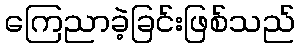
ကြေညာခဲ့ခြင်းဖြစ်သည်